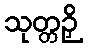
သုတ္တဉှိ